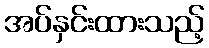
အပ်နှင်းထားသည့်